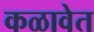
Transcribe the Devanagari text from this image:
कळावेत